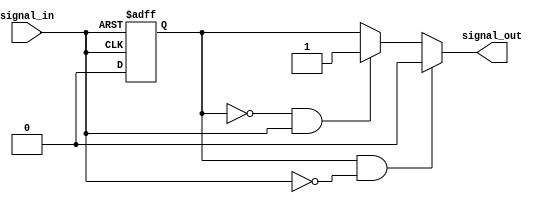
module schmitt_trigger_buffer (
    input wire signal_in,
    output reg signal_out
);

reg reg_out;

always @ (posedge signal_in or negedge signal_in) begin
    if (signal_in == 1'b1) begin
        reg_out <= 1'b1;
    end else begin
        reg_out <= 1'b0;
    end
end

always @ (*) begin
    if (reg_out == 1'b1 && signal_in == 1'b0) begin
        signal_out = 1'b0;
    end else if (reg_out == 1'b0 && signal_in == 1'b1) begin
        signal_out = 1'b1;
    end else begin
        signal_out = reg_out;
    end
end

endmodule